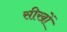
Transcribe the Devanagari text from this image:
सीखों